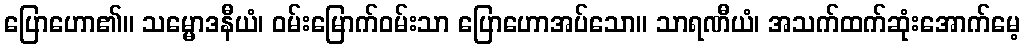
ပြောဟော၏။ သမ္မောဒနီယံ၊ ဝမ်းမြောက်ဝမ်းသာ ပြောဟောအပ်သော။ သာရဏီယံ၊ အသက်ထက်ဆုံးအောက်မေ့